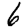
Digit: 6